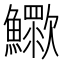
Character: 𣤿